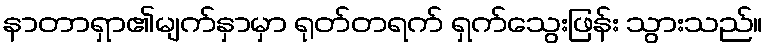
နာတာရှာ၏မျက်နှာမှာ ရုတ်တရက် ရှက်သွေးဖြန်း သွားသည်။